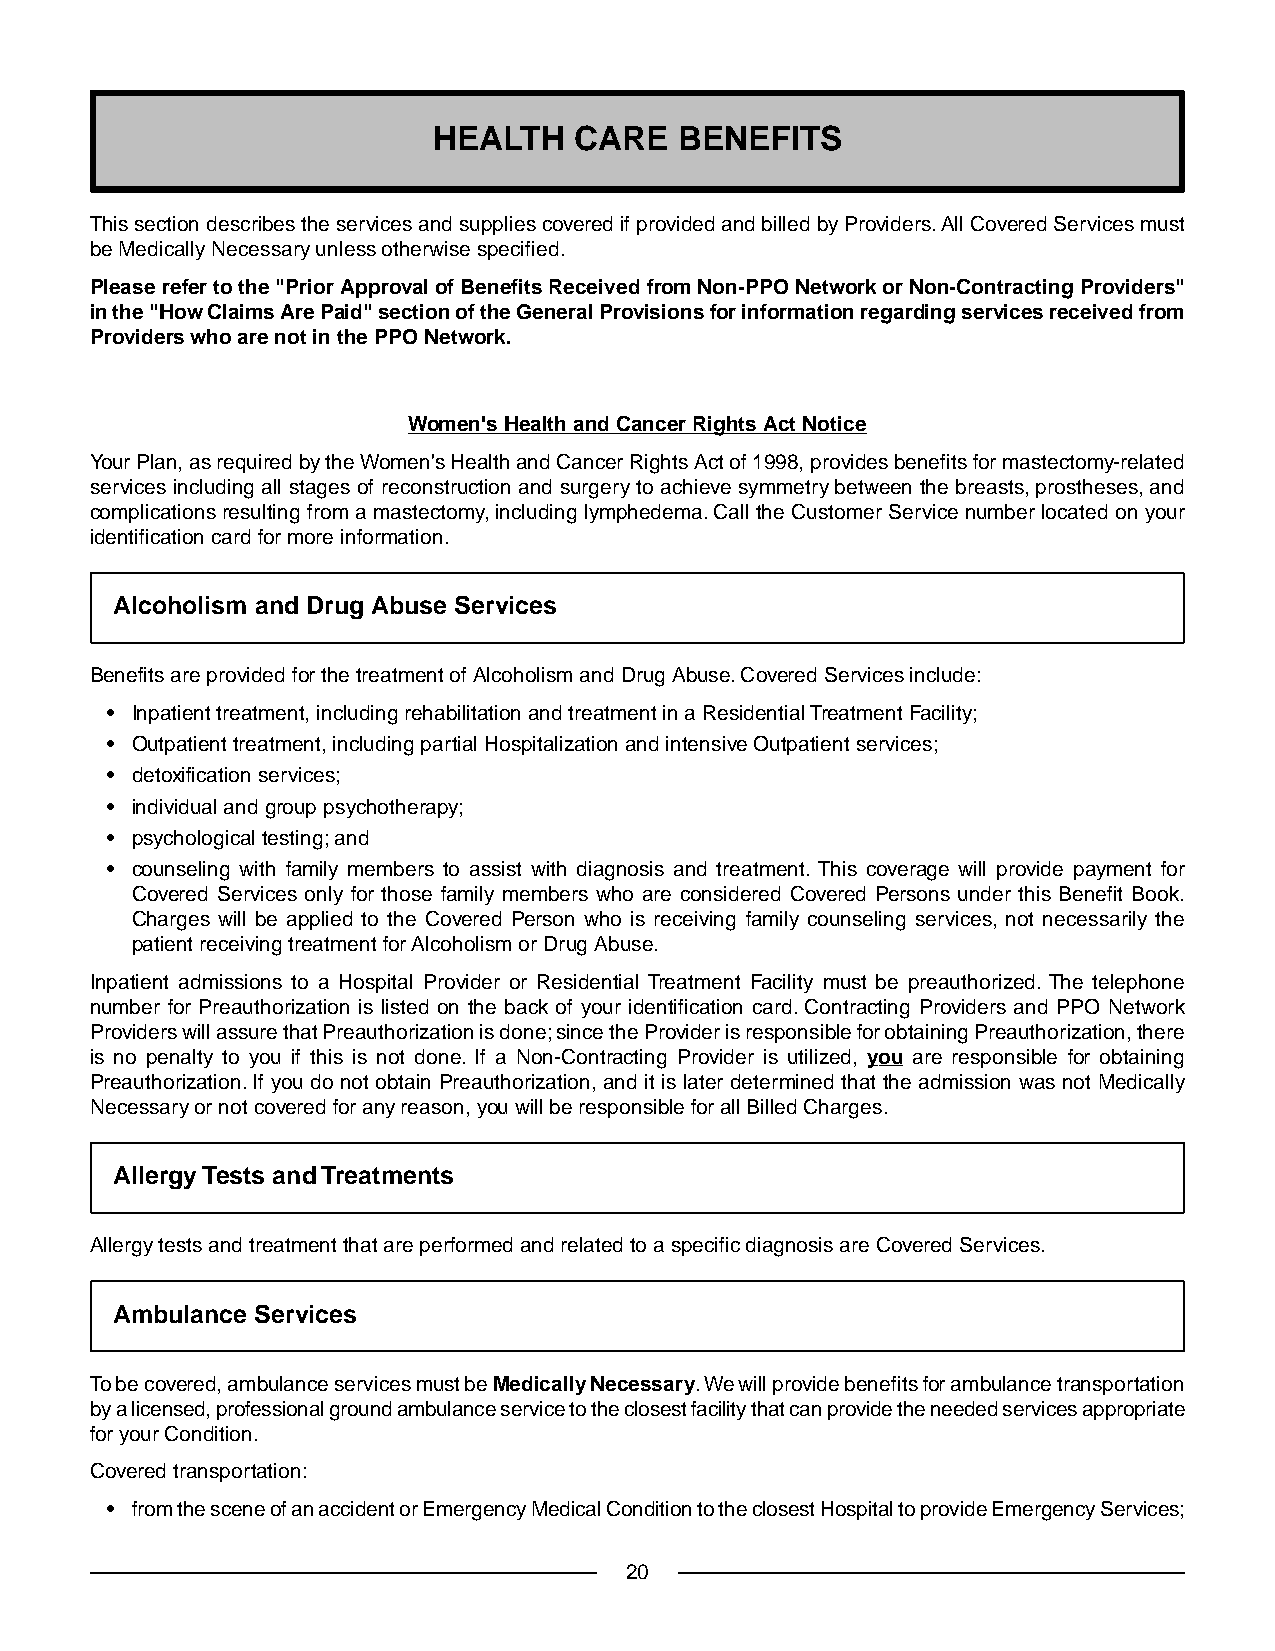
HEALTH   CARE   BENEFITS
 This section describes the services and supplies covered if provided and billed by Providers. All Covered Services must
 be Medically Necessary unless otherwise specified.
 Please refer to the "Prior Approval of Benefits Received from Non-PPO Network or Non-Contracting Providers"
 in the "How Claims Are Paid" section of the General Provisions for information regarding services received from
 Providers who are not in the PPO Network.
 Women's Health and Cancer Rights Act Notice
 Your Plan, as required by the Women's Health and Cancer Rights Act of 1998, provides benefits for mastectomy-related
 services including all stages of reconstruction and surgery to achieve symmetry between the breasts, prostheses, and
 complications resulting from a mastectomy, including lymphedema. Call the Customer Service number located on your
 identification card for more information.
 Alcoholism and Drug Abuse Services
 Benefits are provided for the treatment of Alcoholism and Drug Abuse. Covered Services include:
 • Inpatient treatment, including rehabilitation and treatment in a Residential Treatment Facility;
 • Outpatient treatment, including partial Hospitalization and intensive Outpatient services;
 • detoxification services;
 • individual and group psychotherapy;
 • psychological testing; and
 • counseling with family members to assist with diagnosis and treatment. This coverage will provide payment for
 Covered Services only for those family members who are considered Covered Persons under this Benefit Book.
 Charges will be applied to the Covered Person who is receiving family counseling services, not necessarily the
 patient receiving treatment for Alcoholism or Drug Abuse.
 Inpatient admissions to a Hospital Provider or Residential Treatment Facility must be preauthorized. The telephone
 number for Preauthorization is listed on the back of your identification card. Contracting Providers and PPO Network
 Providers will assure that Preauthorization is done; since the Provider is responsible for obtaining Preauthorization, there
 is no penalty to you if this is not done. If a Non-Contracting Provider is utilized, you are responsible for obtaining
 Preauthorization. If you do not obtain Preauthorization, and it is later determined that the admission was not Medically
 Necessary or not covered for any reason, you will be responsible for all Billed Charges.
 Allergy Tests and Treatments
 Allergy tests and treatment that are performed and related to a specific diagnosis are Covered Services.
 Ambulance Services
 To be covered, ambulance services must be Medically Necessary.We will provide benefits for ambulance transportation
 by a licensed, professional ground ambulance service to the closest facility that can provide the needed services appropriate
 for your Condition.
 Covered transportation:
 • from the scene of an accident or Emergency Medical Condition to the closest Hospital to provide Emergency Services;
 20